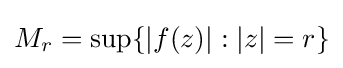
M_{r}=\sup\{|f(z)|:|z|=r\}